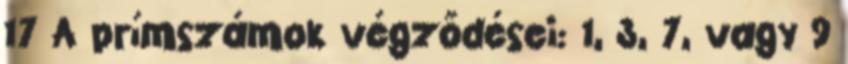
17 A prímszámok végződései: 1, 3, 7, vagy 9